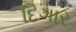
દિગાર